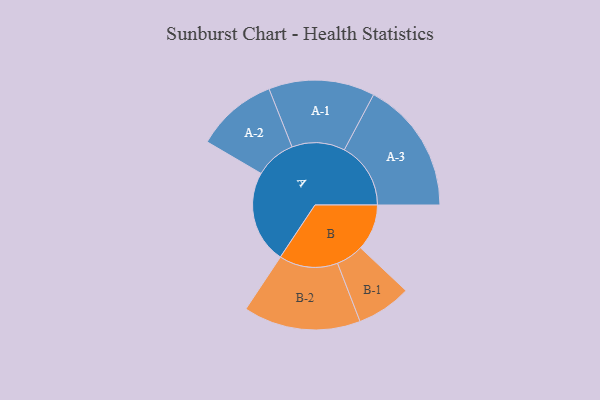
{"axis": {"x": "Segment", "y": "Value"}, "legend": ["", "A", "B"], "data": [{"x": "A", "y": 383, "type": ""}, {"x": "B", "y": 191, "type": ""}, {"x": "A-1", "y": 219, "type": "A"}, {"x": "A-2", "y": 168, "type": "A"}, {"x": "A-3", "y": 274, "type": "A"}, {"x": "B-1", "y": 113, "type": "B"}, {"x": "B-2", "y": 242, "type": "B"}]}